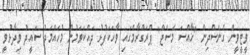
ވީޓީވީން ގެނެސްދިން "ޚާއްސަ މެސެޖް" ޕްރަގްރާމްގައި ވާހަކަފުޅު ދައްކަވަމުން މުހައްމަދު ސައީދު ވިދާޅުވީ